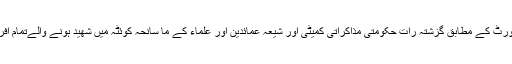
ابنا: ریڈیو تہران کی رپورٹ کے مطابق گزشتہ رات حکومتی مذاکراتی کمیٹی اور شیعہ عمائدین اور علماء کے ما سانحہ کوئٹہ میں شھید ہونے والےتمام افراد کی تدفین کردی گئی۔